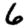
Digit: 6